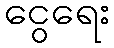
ငွေရေး